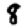
Digit: 8